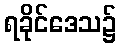
ရခိုင်ဒေသ၌